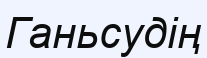
Ганьсудің